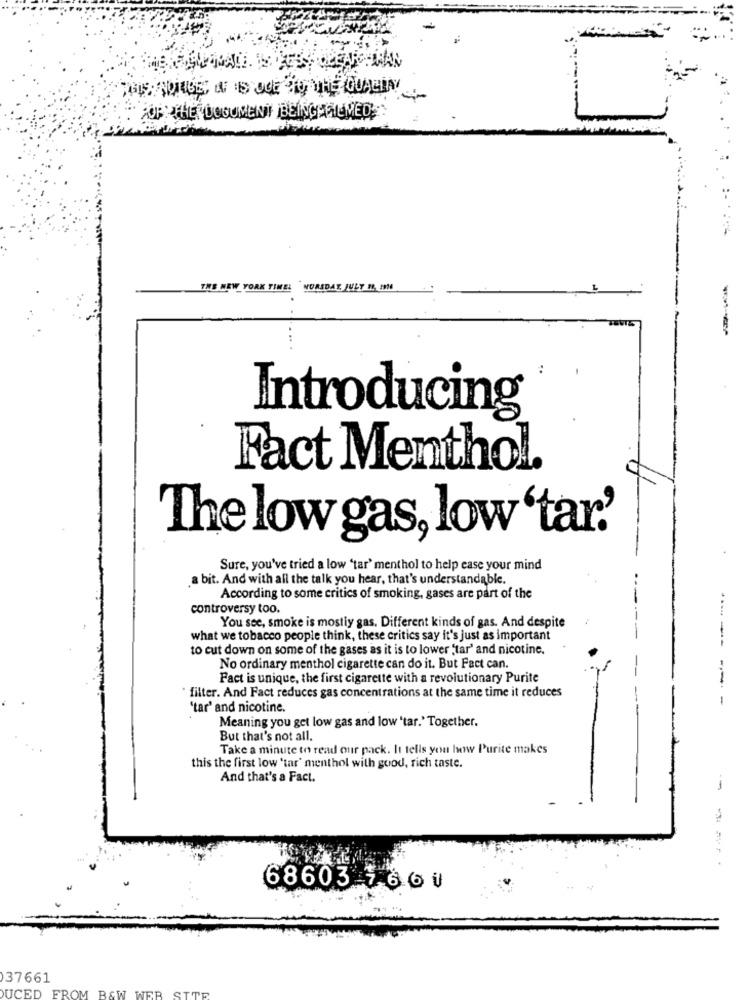
POURTHE DOCUMENT BEINGASIGNED;
THE NEW YORK TIMEL NUREDAY JULY 11, 1994
.. ..
Introducing
Fact Menthol.
"The low gas, low 'tar.'
Sure, you've tried a low 'tar' menthol to help ease your mind
a bit. And with all the talk you hear, that's understandable.
According to some critics of smoking, gases are part of the
controversy too.
You see, smoke is mostly gas. Different kinds of gas. And despite
what we tobacco people think, these critics say it's just as important
to cut down on some of the gases as it is to lower 'tar' and nicotine.
-----
No ordinary menthol cigarette can do it. But Fact can.
Fact is unique, the first cigarette with a revolutionary Purite
" filter. And Fact reduces gas concentrations at the same time it reduces
--- -
'tar' and nicotine.
Meaning you get low gas and low 'tar.' Together.
But that's not all.
Take a minute to read our pack. It tells you how Purite makes
this the first low 'tar' menthol with good, rich taste.
And that's a Fact.
--
68603 7660
37661
DUCED FROM B&W WEB SITE